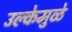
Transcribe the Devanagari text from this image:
उल्केमुळे